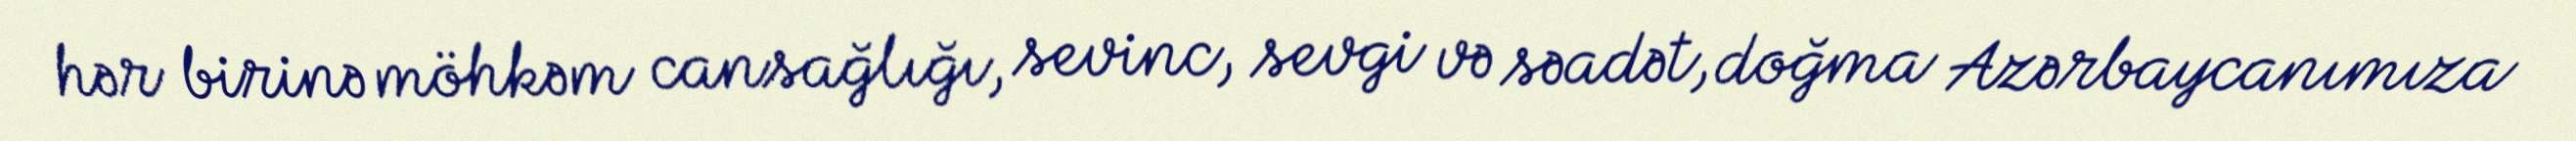
hər birinə möhkəm cansağlığı, sevinc, sevgi və səadət, doğma Azərbaycanımıza